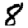
Digit: 8